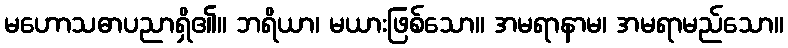
မဟောသဓာပညာရှိ၏။ ဘရိယာ၊ မယားဖြစ်သော။ အမရာနာမ၊ အမရာမည်သော။